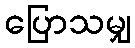
ပြောသမျှ